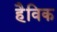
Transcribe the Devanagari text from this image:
हैविक